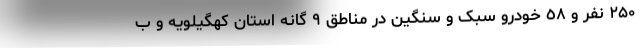
۲۵۰ نفر و ٥٨ خودرو سبک و سنگین در مناطق ۹ گانه استان کهگیلویه و ب